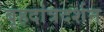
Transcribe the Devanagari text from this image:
बृहदांत्रदर्शन